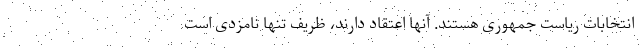
انتخابات ریاست جمهوری هستند. آنها اعتقاد دارند، ظریف تنها نامزدی است